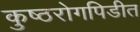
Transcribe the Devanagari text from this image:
कुष्ठरोगपिडीत